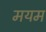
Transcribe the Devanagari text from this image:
मयम